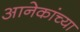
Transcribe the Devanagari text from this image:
आनेकांच्या